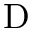
\mathrm { D }